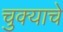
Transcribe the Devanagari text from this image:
चुक्याचे